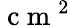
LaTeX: \mathrm{~c~m~}^{2}